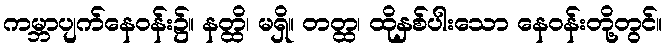
ကမ္ဘာပျက်နေဝန်း၌။ နတ္ထိ၊ မရှိ။ တတ္ထ၊ ထိုနှစ်ပါးသော နေဝန်းတို့တွင်။